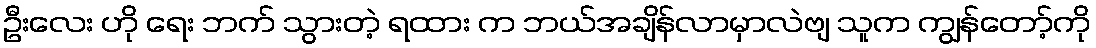
ဦးလေး ဟို ရေး ဘက် သွားတဲ့ ရထား က ဘယ်အချိန်လာမှာလဲဗျ သူက ကျွန်တော့်ကို